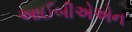
આઈબીએએન